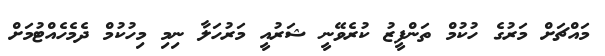
މައްޗަށް މަރުގެ ހުކުމް ތަންފީޒު ކުރެވޭނީ ޝަރުއީ މަރުހަލާ ނިމި މިހުކުމް ދެމެހެއްޓުމަށް